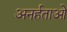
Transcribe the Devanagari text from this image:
अनर्हताओं